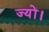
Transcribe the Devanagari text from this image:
ज्‍यों।